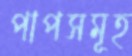
পাপসমূহ